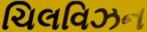
ચિલવિઝન